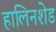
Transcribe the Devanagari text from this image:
हालिनशेड